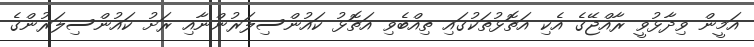
އަމީން ވިދާޅުވީ ރާއްޖޭގެ އެކި އަތޮޅުތަކުގައި ތިއްބެވި އަތޮޅު ކައުންސިލަރުންނާއި ރަށު ކައުންސިލަރުންގެ